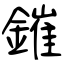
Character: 鏙